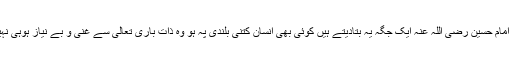
اور پھر امام حسین رضی اللہ عنہ ایک جگہ یہ بتادیتے ہیں کوئی بھی انسان کتنی بلندی پہ ہو وہ ذات باری تعالی سے غنی و بے نیاز ہوہی نہیں سکتا۔